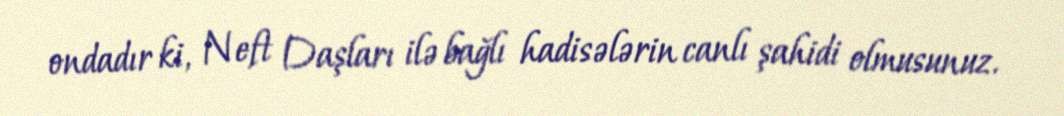
ondadır ki, Neft Daşları ilə bağlı hadisələrin canlı şahidi olmusunuz.